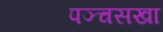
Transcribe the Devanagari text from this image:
पञ्चसखा